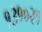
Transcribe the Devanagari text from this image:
१३१०२१